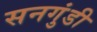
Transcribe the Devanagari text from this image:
सनगुंडी